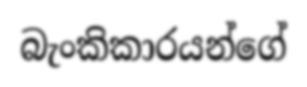
බැංකිකාරයන්ගේ